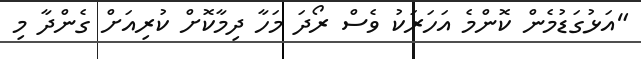
"އަޅުގަޑުމެން ކޮންމެ އަހަރަކު ވެސް ރޯދަ މަހާ ދިމާކޮށް ކުރިއަށް ގެންދާ މި